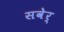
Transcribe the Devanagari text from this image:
सवेर्